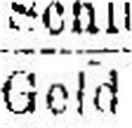
Geld